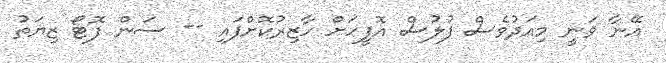
އޭނާ ވަނީ މިއަދުވެސް ފުލުސް އޮފީހަށް ހާޒިރުކޮށްފައި -- ސަން ފޮޓޯ ޒިޔަތު